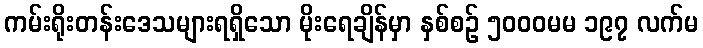
ကမ်းရိုးတန်းဒေသများရရှိသော မိုးရေချိန်မှာ နှစ်စဉ် ၅၀၀၀မမ ၁၉၇ လက်မ